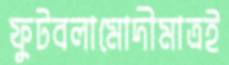
ফুটবলামোদীমাত্রই